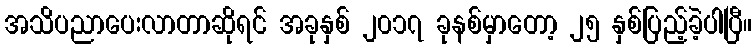
အသိပညာပေးလာတာဆိုရင် အခုနှစ် ၂၀၁၇ ခုနစ်မှာတော့ ၂၅ နှစ်ပြည့်ခဲ့ပါပြီ။